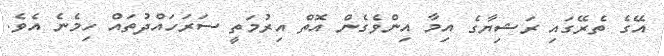
އޭގެ ތެރޭގައި ރަޝިޔާގެ އިމާ އިންވެގެން އޮތް އިރުމަތީ ސަރަހައްދުތައް ހިމެނެ އެވެ.